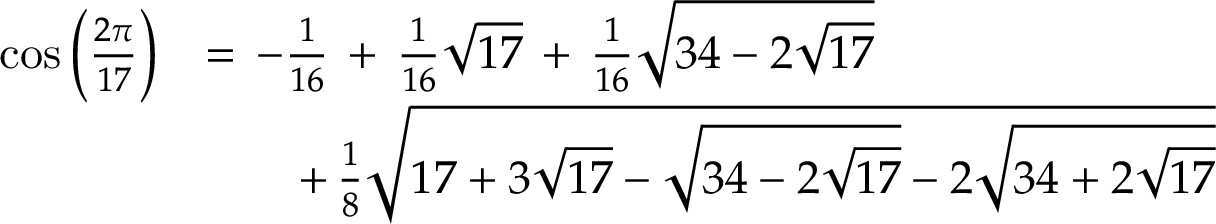
{ \begin{array} { r l } { \cos { \left( { \frac { 2 \pi } { 1 7 } } \right) } } & { = \, - { \frac { 1 } { 1 6 } } \, + \, { \frac { 1 } { 1 6 } } { \sqrt { 1 7 } } \, + \, { \frac { 1 } { 1 6 } } { \sqrt { 3 4 - 2 { \sqrt { 1 7 } } } } } \\ & { \qquad + \, { \frac { 1 } { 8 } } { \sqrt { 1 7 + 3 { \sqrt { 1 7 } } - { \sqrt { 3 4 - 2 { \sqrt { 1 7 } } } } - 2 { \sqrt { 3 4 + 2 { \sqrt { 1 7 } } } } } } } \end{array} }